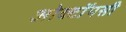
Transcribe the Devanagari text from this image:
ओक्टॉपसी